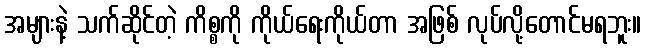
အများနဲ့ သက်ဆိုင်တဲ့ ကိစ္စကို ကိုယ်ရေးကိုယ်တာ အဖြစ် လုပ်လို့တောင်မရဘူး။